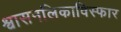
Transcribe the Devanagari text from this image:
श्वासनलिकाविस्फार